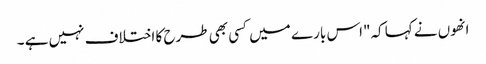
انھوں نے کہا کہ"اس بار ے میں کسی بھی طرح کا اختلاف نہیں ہے ۔